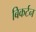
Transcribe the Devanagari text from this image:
बिकर्टन